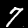
Label: 7